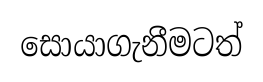
සොයාගැනීමටත්